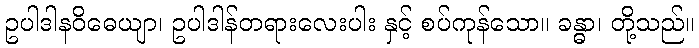
ဥပါဒါနဝိဓေယျာ၊ ဥပါဒါန်တရားလေးပါး နှင့် စပ်ကုန်သော။ ခန္ဓာ၊ တို့သည်။